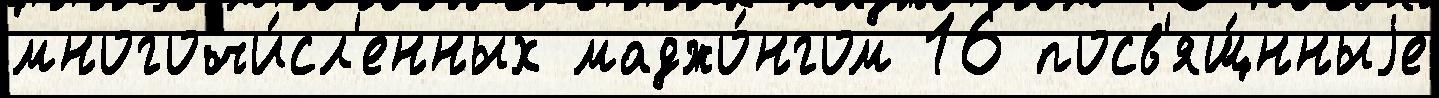
многочи́сл'енных маджо́нгом 16 посв'ящ́нныjе